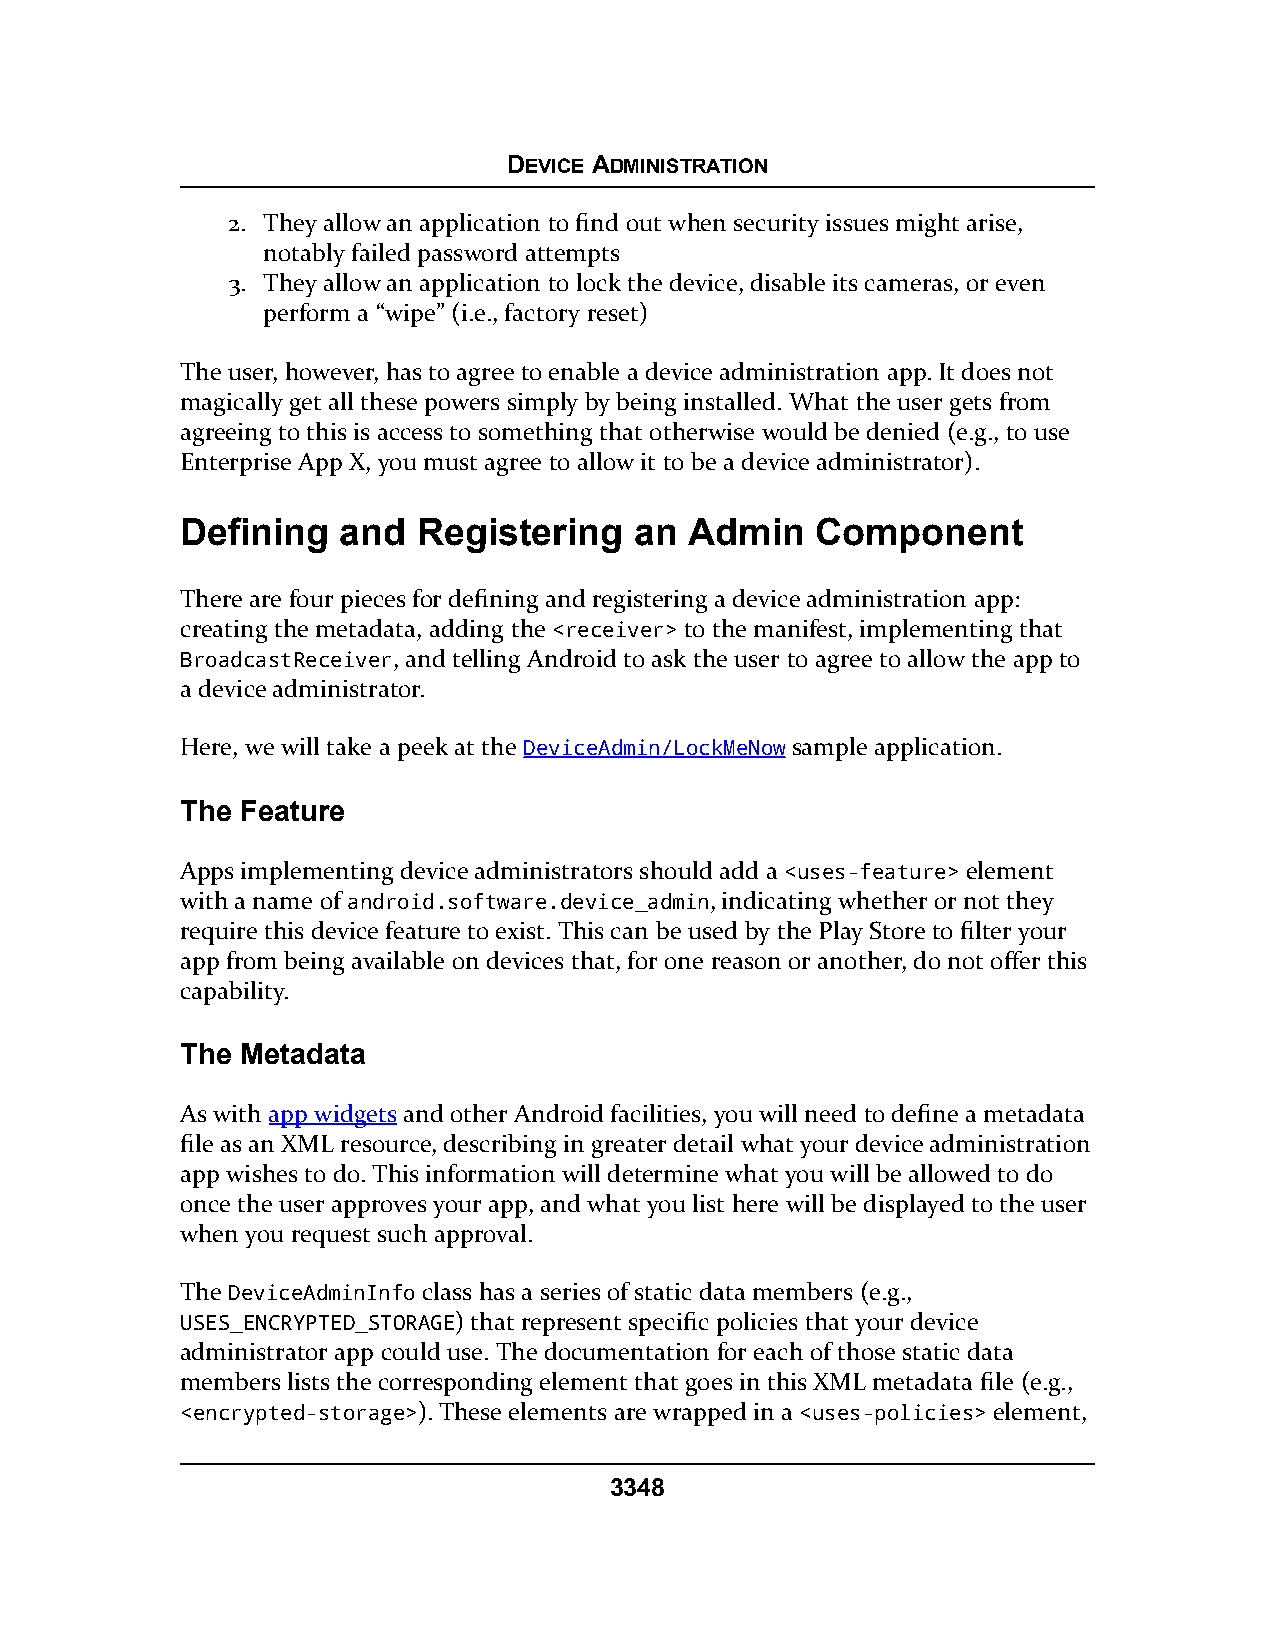
DEVICE ADMINISTRATION
 2. They allow an application to find out when security issues might arise,
 notably failed password attempts
 3. They allow an application to lock the device, disable its cameras, or even
 perform a “wipe” (i.e., factory reset)
 The user, however, has to agree to enable a device administration app. It does not
 magically get all these powers simply by being installed. What the user gets from
 agreeing to this is access to something that otherwise would be denied (e.g., to use
 Enterprise App X, you must agree to allow it to be a device administrator).
 Defining   and  Registering   an  Admin   Component
 There are four pieces for defining and registering a device administration app:
 creating the metadata, adding the <receiver> to the manifest, implementing that
 BroadcastReceiver, and telling Android to ask the user to agree to allow the app to
 a device administrator.
 Here, we will take a peek at the DeviceAdmin/LockMeNow sample application.
 The Feature
 Apps implementing device administrators should add a <uses-feature> element
 with a name of android.software.device_admin, indicating whether or not they
 require this device feature to exist. This can be used by the Play Store to filter your
 app from being available on devices that, for one reason or another, do not offer this
 capability.
 The Metadata
 As with app widgets and other Android facilities, you will need to define a metadata
 file as an XML resource, describing in greater detail what your device administration
 app wishes to do. This information will determine what you will be allowed to do
 once the user approves your app, and what you list here will be displayed to the user
 when you request such approval.
 The DeviceAdminInfo class has a series of static data members (e.g.,
 USES_ENCRYPTED_STORAGE) that represent specific policies that your device
 administrator app could use. The documentation for each of those static data
 members lists the corresponding element that goes in this XML metadata file (e.g.,
 <encrypted-storage>). These elements are wrapped in a <uses-policies> element,
 3348